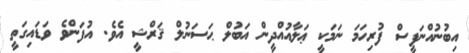
އިބުނުއްނަފީސް ފުރިހަމަ ނަމަކީ ޢަލާއުއްދީން އަބުލް ޙަސަނުލް ޤަރްޝީ އެވެ. އުފަންވެ ވަޑައިގަތީ